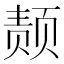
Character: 𫖴